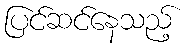
ပြင်ဆင်နေသည့်